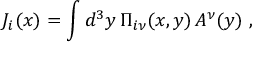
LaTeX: J _ { i } ( x ) = \int d ^ { 3 } y \, \Pi _ { i \nu } ( x , y ) \, { \cal A } ^ { \nu } ( y ) \; ,